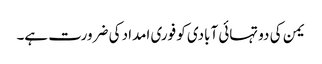
یمن کی دو تہائی آبادی کو فوری امداد کی ضرورت ہے۔